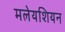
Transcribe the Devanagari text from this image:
मलेयशियन